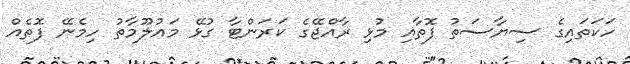
ހަކަތައިގެ ސިޔާސަތު ފޮތާއި މުޅި ރާއްޖޭގެ ކަރަންޓާ ގުޅޭ މައުލޫމާތު ހިމެނޭ ފޮތެއް